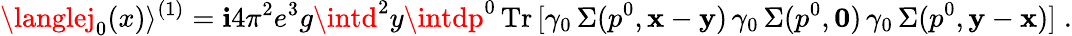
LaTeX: \langlej_{0}(x)\rangle^{(1)}=\mathbf{i}4\pi^{2}e^{3}g\intd^{2}y\intdp^{0}\, \mathrm{{Tr}}\, [\gamma_{0}\, \Sigma(p^{0},{\mathbf{x}}-{\mathbf{y}})\, \gamma_{0}\, \Sigma(p^{0},{\mathbf{0}})\, \gamma_{0}\, \Sigma(p^{0},{\mathbf{y}}-{\mathbf{x}})]\; .